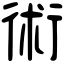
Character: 術